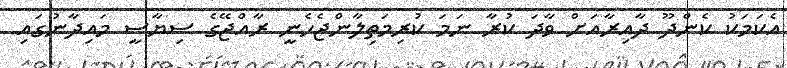
އެކަމަކު ކެންދޫ ދާއިރާއަށް ވާދަ ކުރާ ނަމަ ކުރިމަތިލާންޖެހެނީ ރާއްޖޭގެ ސިޔާސީ މައިދާނުގައި